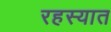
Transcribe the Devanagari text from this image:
रहस्यात